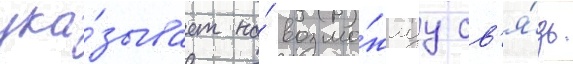
ука́зывает на́ возмо́жнуу св'я́зь